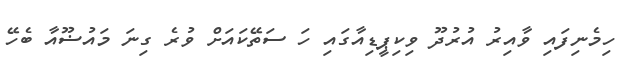
ހިމެނިފައި ވާއިރު އުރުދޫ ވިކިޕީޑިއާގައި ހަ ސަތޭކައަށް ވުރެ ގިނަ މައުޟޫއާ ބެހޭ